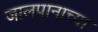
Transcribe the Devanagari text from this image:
जालपानाच्या